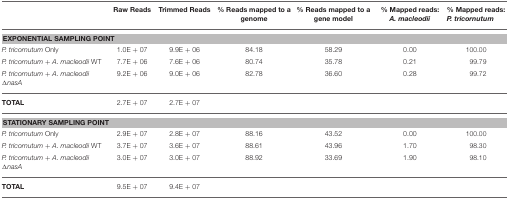
|  | Raw Reads | Trimmed Reads | % Reads mapped to a genome | % Reads mapped to a gene model | % Mapped reads: A. macleodii | % Mapped reads: P. tricornutum |
 | --- | --- | --- | --- | --- | --- | --- |
 | <COLSPAN=7> EXPONENTIAL SAMPLING POINT |
 | P. tricornutum Only | 1.0E + 07 | 9.9E + 06 | 84.18 | 58.29 | 0.00 | 100.00 |
 | P. tricornutum + A. macleodii WT | 7.7E + 06 | 7.6E + 06 | 80.74 | 35.78 | 0.21 | 99.79 |
 | P. tricornutum + A. macleodii ΔnasA | 9.2E + 06 | 9.0E + 06 | 82.78 | 36.60 | 0.28 | 99.72 |
 | TOTAL | 2.7E + 07 | 2.7E + 07 |  |  |  |  |
 | <COLSPAN=7> STATIONARY SAMPLING POINT |
 | P. tricornutum Only | 2.9E + 07 | 2.8E + 07 | 88.16 | 43.52 | 0.00 | 100.00 |
 | P. tricornutum + A. macleodii WT | 3.7E + 07 | 3.6E + 07 | 88.61 | 43.96 | 1.70 | 98.30 |
 | P. tricornutum + A. macleodii ΔnasA | 3.0E + 07 | 3.0E + 07 | 88.92 | 33.69 | 1.90 | 98.10 |
 | TOTAL | 9.5E + 07 | 9.4E + 07 |  |  |  |  |